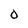
Character: O